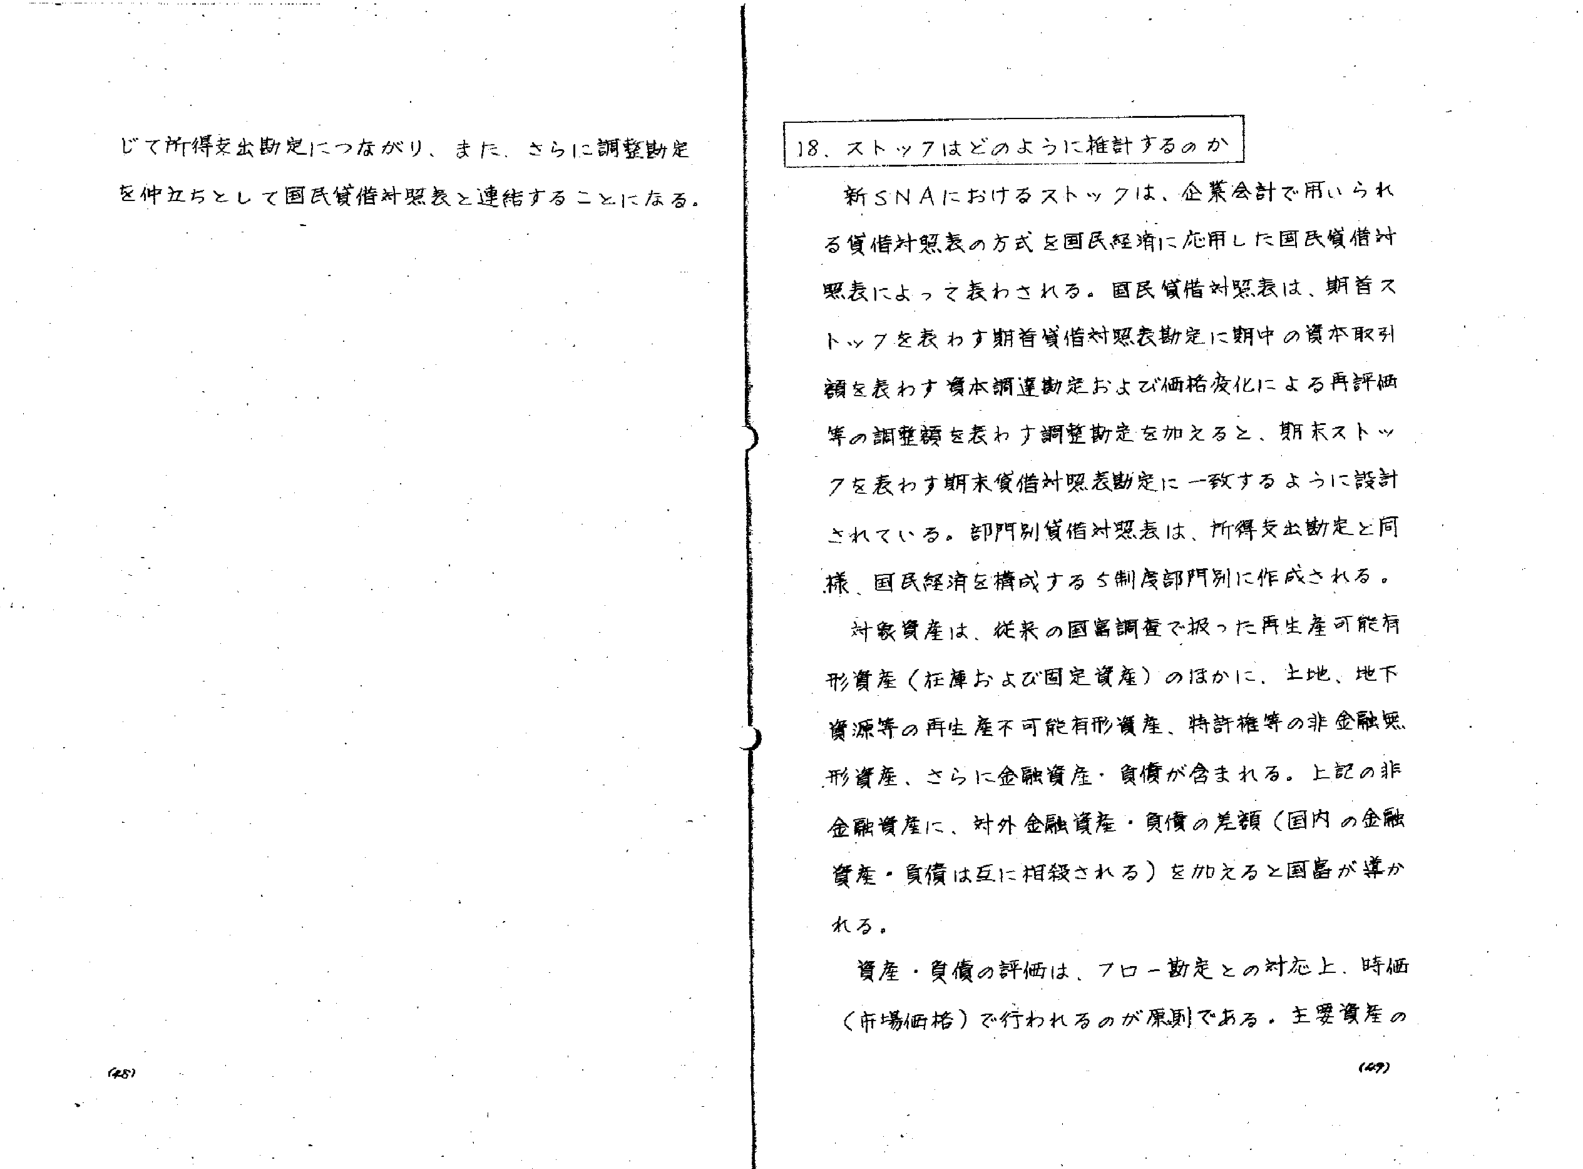
じて所得支出勘定につながり、また、さらに調整勘定を仲立ちとして国民貸借対照表と連絡することになる。

18. ストックはどのように推計するのか

新SNAにおけるストックは、企業会計で用いられる貸借対照表の方式を国民経済に応用した国民貸借対照表によって表わされる。国民貸借対照表は、期首ストックを表わす期首貸借対照表勘定に期中の資本取引額を表わす資本調達勘定および価格変化による再評価等の調整額を表わす調整勘定を加えると、期末ストックを表わす期末貸借対照表勘定に一致するように設計されている。部門別貸借対照表は、所得支出勘定と同様、国民経済を構成する5制度部門別に作成される。

対象資産は、従来の国富調査で扱った再生産可能有形資産（在庫および固定資産）のほかに、土地、地下資源等の再生産不可能有形資産、特許権等の非金融無形資産、さらに金融資産・負債が含まれる。上記の非金融資産に、対外金融資産・負債の差額（国内の金融資産・負債は互に相殺される）を加えると国富が導かれる。

資産・負債の評価は、フロー勘定との対応上、時価（市場価格）で行われるのが原則である。主要資産の

(48)
(49)